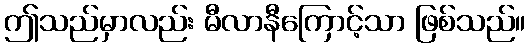
ဤသည်မှာလည်း မီလာနီကြောင့်သာ ဖြစ်သည်။